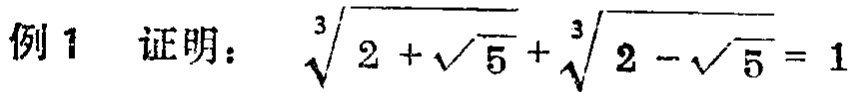
例 1 证明：$\sqrt[3]{2 + \sqrt{5}}+\sqrt[3]{2 - \sqrt{5}} = 1$